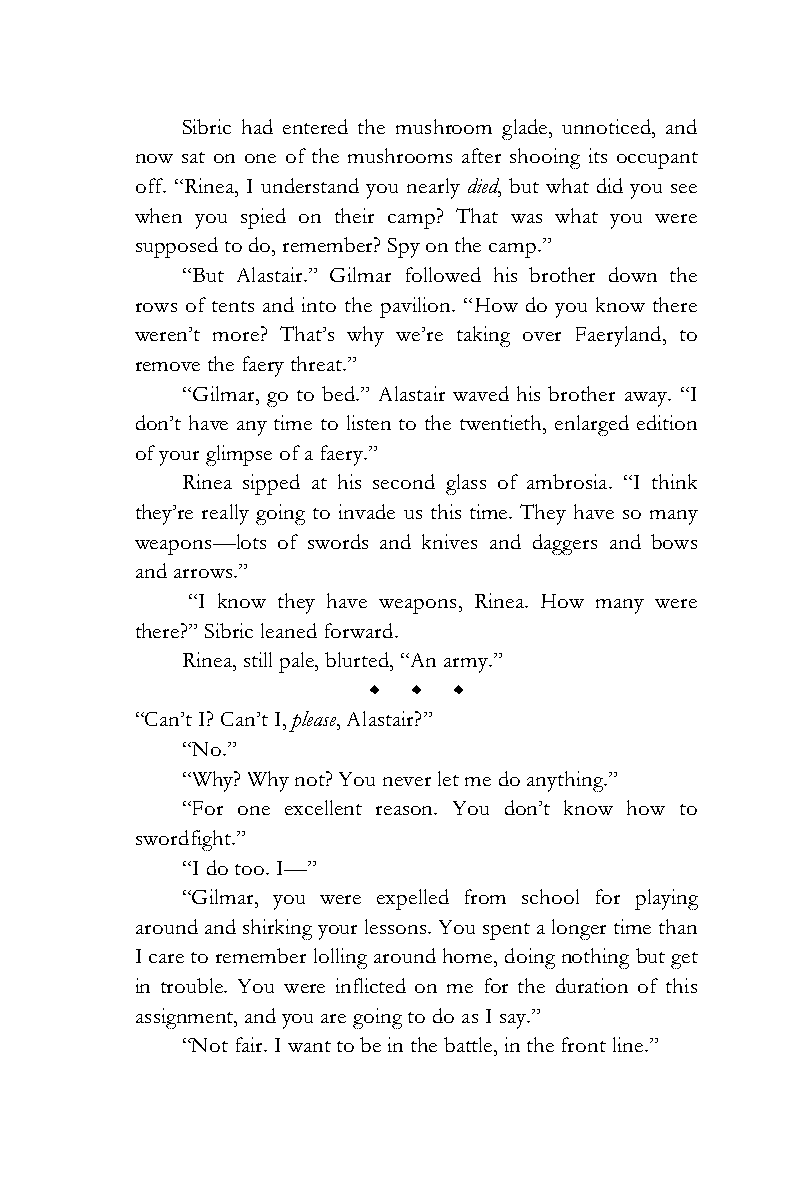
Sibric had entered the mushroom glade, unnoticed, and
 now sat on one of the mushrooms after shooing its occupant
 off. “Rinea, I understand you nearly died, but what did you see
 when you spied on their camp? That was what you were
 supposed to do, remember? Spy on the camp.”
 “But Alastair.” Gilmar followed his brother down the
 rows of tents and into the pavilion. “How do you know there
 weren’t more? That’s why we’re taking over Faeryland, to
 remove the faery threat.”
 “Gilmar, go to bed.” Alastair waved his brother away. “I
 don’t have any time to listen to the twentieth, enlarged edition
 of your glimpse of a faery.”
 Rinea sipped at his second glass of ambrosia. “I think
 they’re really going to invade us this time. They have so many
 weapons—lots of swords and knives and daggers and bows
 and arrows.”
 “I know they have weapons, Rinea. How many were
 there?” Sibric leaned forward.
 Rinea, still pale, blurted, “An army.”
 w w w
 “Can’t I? Can’t I, please, Alastair?”
 “No.”
 “Why? Why not? You never let me do anything.”
 “For one excellent reason. You don’t know how to
 swordfight.”
 “I do too. I—”
 “Gilmar, you were expelled from school for playing
 around and shirking your lessons. You spent a longer time than
 I care to remember lolling around home, doing nothing but get
 in trouble. You were inflicted on me for the duration of this
 assignment, and you are going to do as I say.”
 “Not fair. I want to be in the battle, in the front line.”